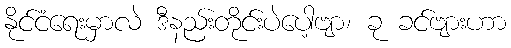
နိုင်ငံရေးမှာလဲ ဒီနည်းတိုင်းပဲပေါ့ဗျာ၊ ခု ခင်ဗျားဟာ